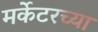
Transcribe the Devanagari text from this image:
मर्केटरच्या